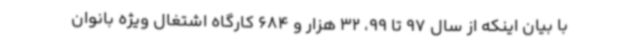
با بیان اینکه از سال 97 تا 99، 32 هزار و 684 کارگاه اشتغال ویژه بانوان